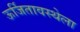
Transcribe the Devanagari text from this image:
ऊर्जितावस्थेला